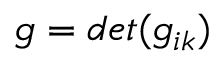
g = d e t ( g _ { i k } )